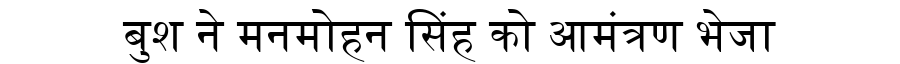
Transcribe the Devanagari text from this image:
बुश ने मनमोहन सिंह को आमंत्रण भेजा